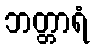
ဘတ္တာရံ